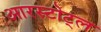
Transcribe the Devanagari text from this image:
आरस्टोट्ल